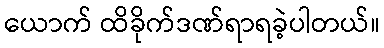
ယောက် ထိခိုက်ဒဏ်ရာရခဲ့ပါတယ်။